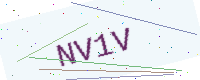
Text: NV1V